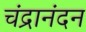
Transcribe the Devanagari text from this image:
चंद्रानंदन